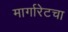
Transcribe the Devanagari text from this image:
मार्गारेटचा